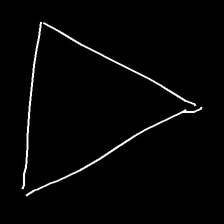
Glyph: convergence